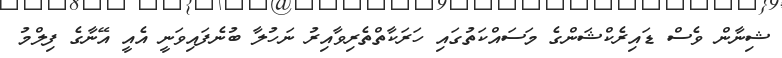
ޝިނާން ވެސް ޑައިރެކްޝަންގެ މަސައްކަތުގައި ހަރަކާތްތެރިވާއިރު ނަހުލާ ބުނެފައިވަނީ އެއީ އޭނާގެ ފިލްމު